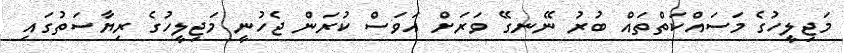
މަޖިލީހުގެ މަސައްކަތްތައް ބުރު ނޭނގޭ ވަރަށް އަވަސް ކުރަން ޖެހުނީ މަޖިލީހުގެ ރިޔާސަތުގައި